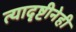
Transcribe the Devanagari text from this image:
त्यादृष्टीनेही